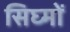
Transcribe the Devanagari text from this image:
सिघ्मों